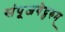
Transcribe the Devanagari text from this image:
संपूजयेद्गुरुम्